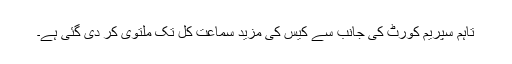
تاہم سپریم کورٹ کی جانب سے کیس کی مزید سماعت کل تک ملتوی کر دی گئی ہے۔